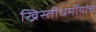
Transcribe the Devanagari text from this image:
ख्रिस्तीधर्मीयांचे